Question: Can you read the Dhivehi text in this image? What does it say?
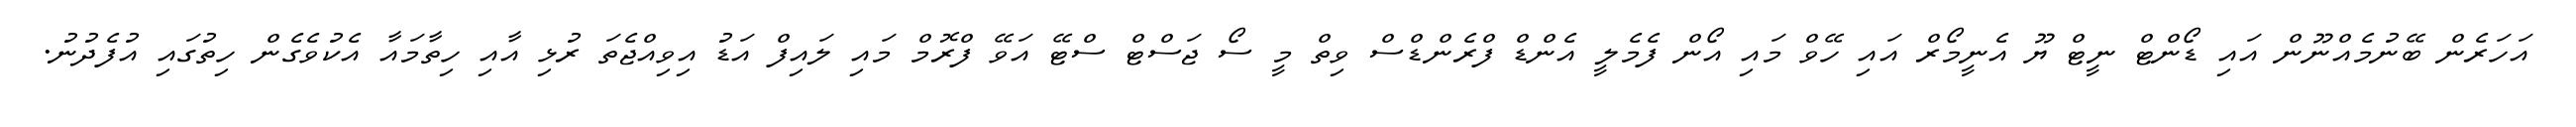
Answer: އަހަރެން ބޭނުމެއްނޫން އައި ޑޯންޓް ނީޓް ޔޫ އެނީމޯރް އައި ހޭވް މައި އޯން ފެމެލީ އެންޑް ފްރެންޑްސް ވިތް މީ ސޯ ޖަސްޓް ސްޓޭ އަވޭ ފްރޮމް މައި ލައިފް އަޑު އިވިއްޖެތަ ރުޅި އާއި ހިތާމައާ އެކުވެގެން ހިތުގައި އުފެދުނު.